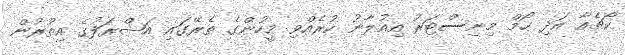
ކޯޗެއާ އަދި ހޯމް މިނިސްޓަރު އިއުލާނު ކުރެއްވި މީހުންގެ ތެރޭގައި އަޝްރަފުގެ އިތުރުން